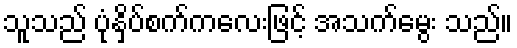
သူသည် ပုံနှိပ်စက်ကလေးဖြင့် အသက်မွေး သည်။